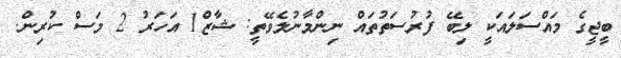
ބީޖީގެ މައްސަލައަކީ ލިބޭ ފުރުސަތުތައް ނިންމާނުލެވޭތީ: ޝާޒް1 އަހަރު 2 މަސް ކުރިން.